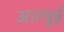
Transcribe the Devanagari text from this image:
आल्त्रुई